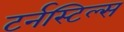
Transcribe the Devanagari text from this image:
टर्नस्टिल्स